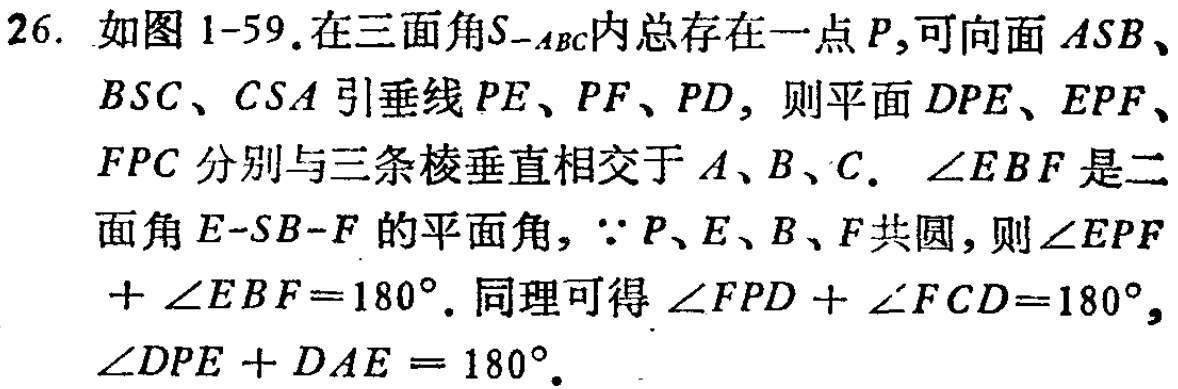
26. 如图1-59.在三面角\(S - ABC\)内总存在一点\(P\),可向面\(ASB\)、\(BSC\)、\(CSA\)引垂线\(PE\)、\(PF\)、\(PD\)，则平面\(DPE\)、\(EPF\)、\(FPC\)分别与三条棱垂直相交于\(A\)、\(B\)、\(C\). \(\angle EBF\)是二面角\(E - SB - F\)的平面角，\(\because P\)、\(E\)、\(B\)、\(F\)共圆，则\(\angle EPF+\angle EBF = 180^{\circ}\). 同理可得\(\angle FPD+\angle FCD = 180^{\circ}\), \(\angle DPE + DAE=180^{\circ}\).